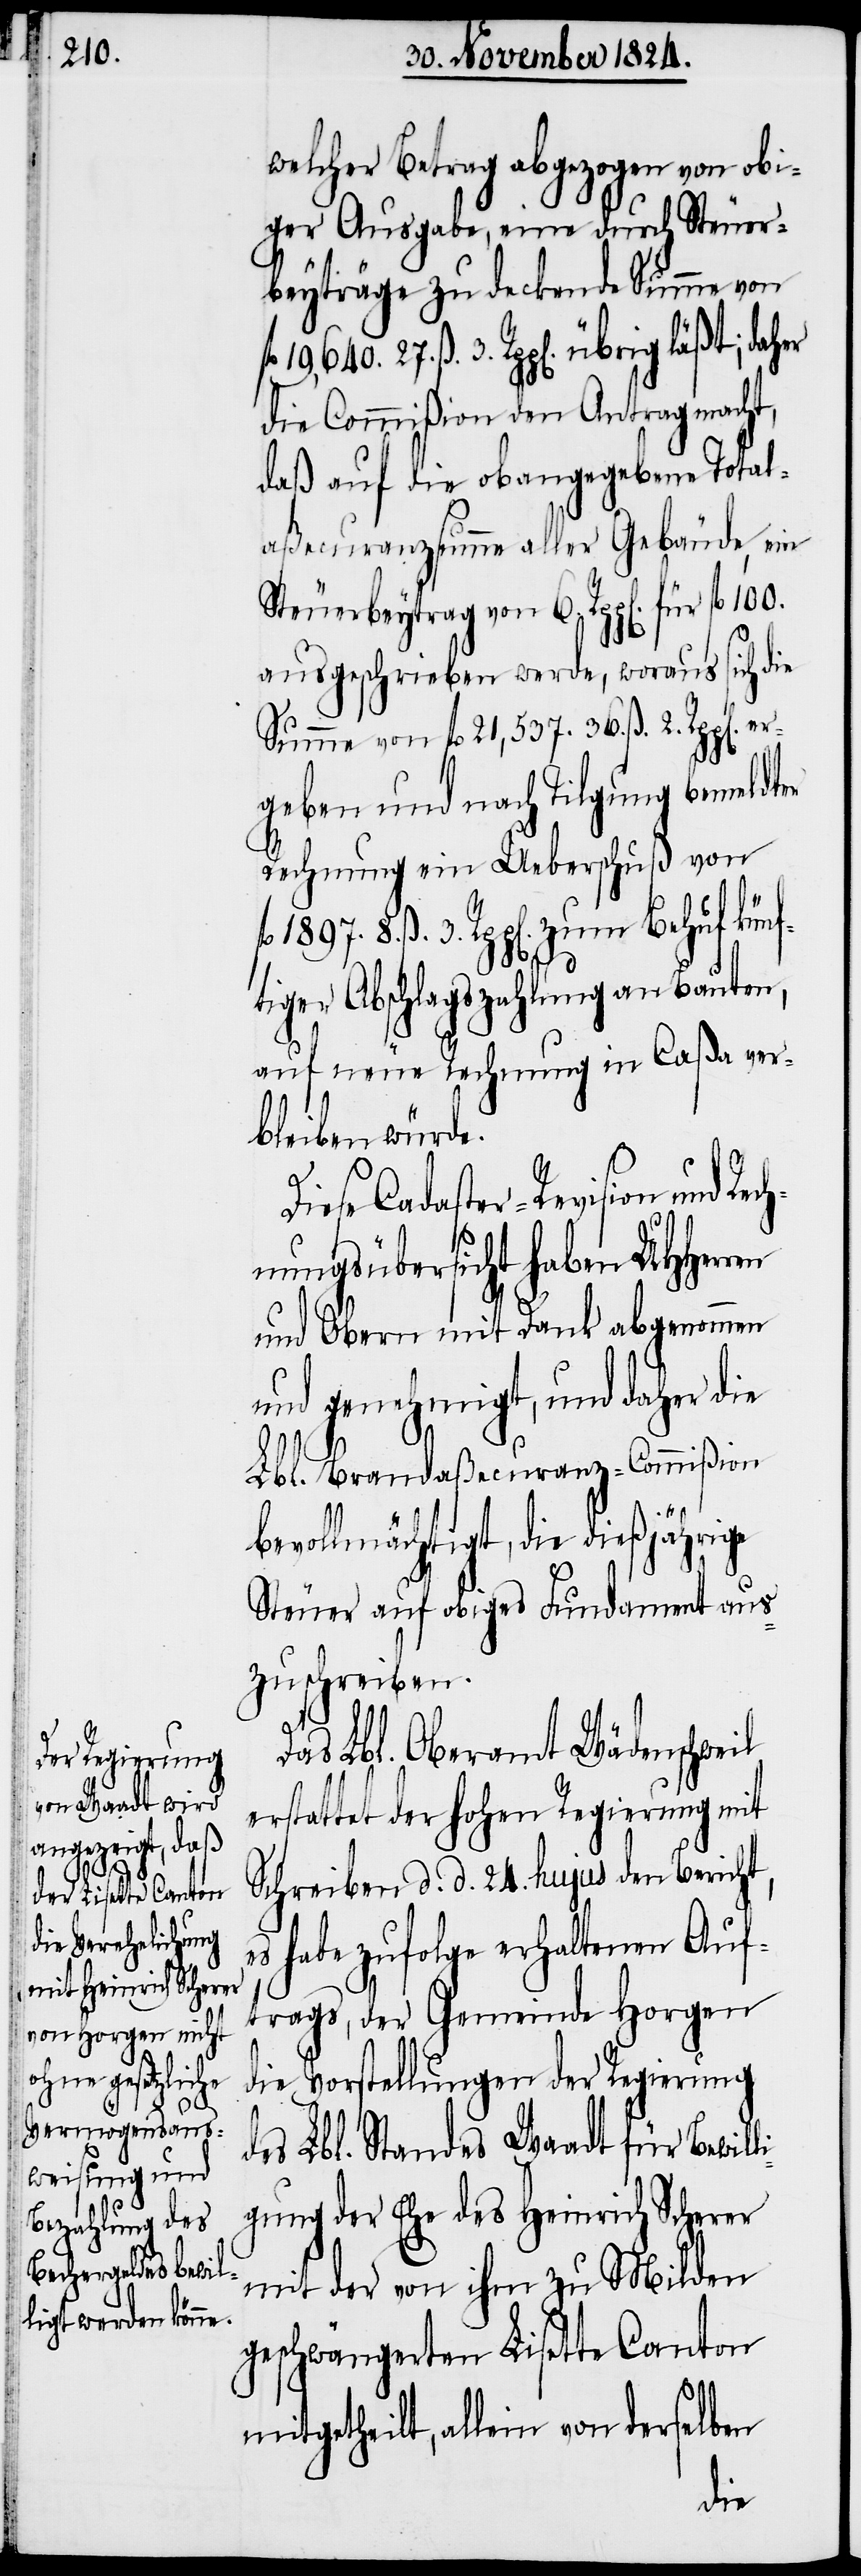
welcher Betrag abgezogen von obi¬
ger Ausgabe, eine durch Steuer¬
beyträge zu deckende Summe von
27. ß. 3. Rpp[en]. übrig läßt; daher
die Commißion den Antrag macht,
daß auf die obangegebene Total¬
aßecuranzsumme aller Gebäude, ein
Steuerbeytrag von 6. Rpp[en]. für fl.
ausgeschrieben werde, woraus sich die
Summe von fl. 21,537. 36. ß. 2. Rpp[en].
geben und nach Tilgung bemeldter
Rechnung ein Ueberschuß von
fl.
8. ß. 3. Rpp[en]. zum Behuf künf¬
tiger Abschlagszahlung an Bauten,
auf neue Rechnung in Caßa ver¬
bleiben würde.
Diese Cadaster-Revision und Re¬
chnungsübersicht haben UHHerren
und Obern mit Dank abgenommen
und genehmigt, und daher die
Lbl. Brandaßecuranz-Commißion
bevollmächtigt, die dießjährige
Steuer auf obiges Fundament aus¬
zuschreiben.
Das Lbl. Oberamt Wädenschweil
erstattet der hohen Regierung mit
Schreiben d. d. 24. hujus den Bericht,
es habe zufolge erhaltenen Auf¬
trags, der Gemeinde Horgen
die Vorstellungen der Regierung
des Lbl. Standes Waadt für Bewill¬
igung der Ehe des Heinrich Scherer
mit der von ihm zu Milden
geschwängerten Lisette Canton
mitgetheilt, allein von derselben